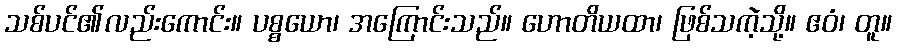
သစ်ပင်၏လည်းကောင်း။ ပစ္စယော၊ အကြောင်းသည်။ ဟောတိယထာ၊ ဖြစ်သကဲ့သို့။ ဧဝံ၊ တူ။